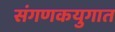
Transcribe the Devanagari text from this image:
संगणकयुगात